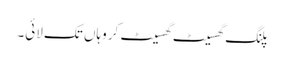
پلنگ گھسیٹ گھسیٹ کر وہاں تک لائی۔